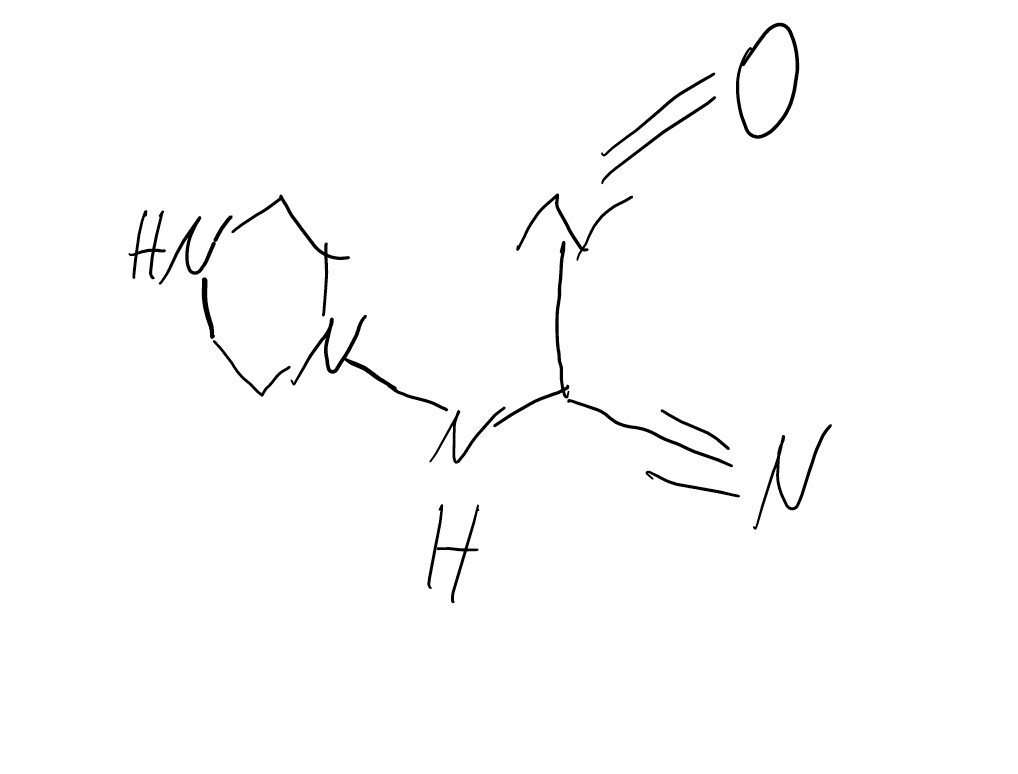
Simplified molecular-input line-entry system (SMILES) notation of the given molecule:
C1CN(CCN1)NC(C#N)N=O